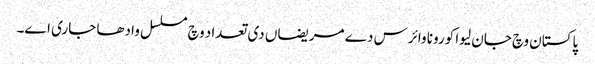
پاکستان وچ جان لیوا کورونا وائرس دے مریضاں دی تعداد وچ مسلسل وادھا جاری اے۔